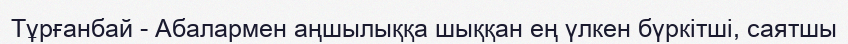
Тұрғанбай - Абалармен аңшылыққа шыққан ең үлкен бүркітші, саятшы